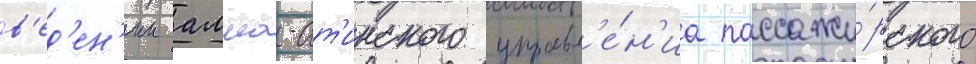
в'ед'ен'ии алма-ат'инского управл'е́н'иа пассажи́рского